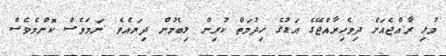
މުޅި ރާއްޖެއަށް ދިވެހިރާއްޖޭގެ އަޑުގެ ޚިދުމަތް ކުރިން ލިބެމުން ދިޔައެވެ .ނަމަވެސް ކޮންމެވެސް